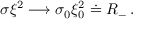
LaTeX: \sigma \xi ^ { 2 } \longrightarrow \sigma _ { 0 } \xi _ { 0 } ^ { 2 } \doteq R _ { - } \, .